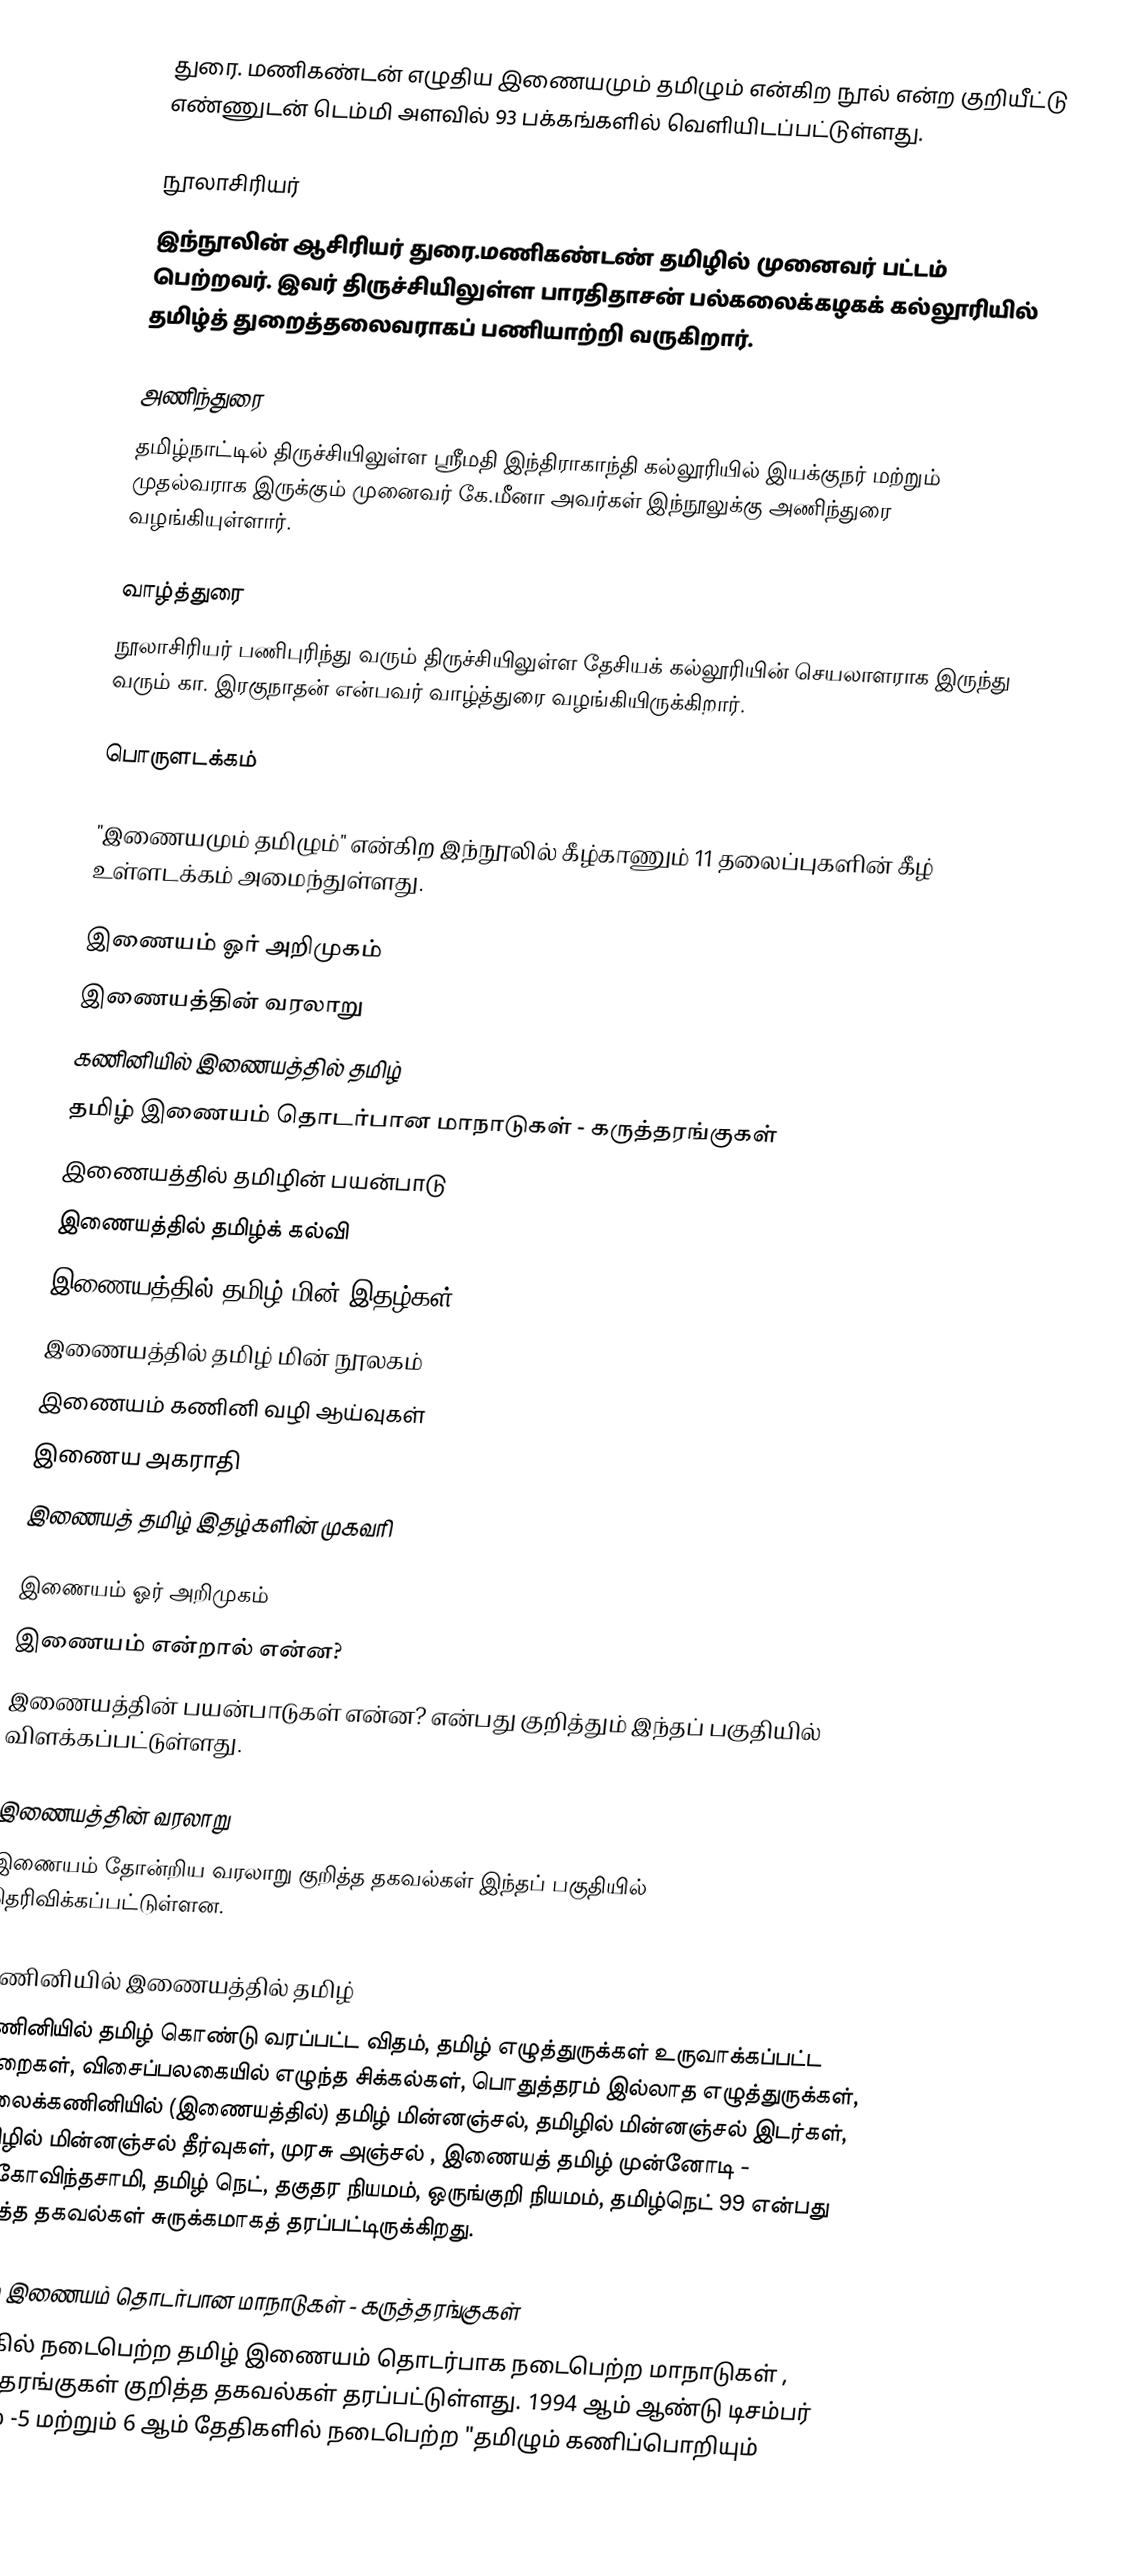
துரை. மணிகண்டன் எழுதிய இணையமும் தமிழும் என்கிற நூல்  என்ற குறியீட்டு எண்ணுடன் டெம்மி அளவில் 93 பக்கங்களில் வெளியிடப்பட்டுள்ளது.

நூலாசிரியர்
இந்நூலின் ஆசிரியர் துரை.மணிகண்டண் தமிழில்  முனைவர் பட்டம் பெற்றவர். இவர் திருச்சியிலுள்ள  பாரதிதாசன் பல்கலைக்கழகக் கல்லூரியில்  தமிழ்த் துறைத்தலைவராகப் பணியாற்றி வருகிறார்.

அணிந்துரை
தமிழ்நாட்டில் திருச்சியிலுள்ள  ஸ்ரீமதி இந்திராகாந்தி கல்லூரியில் இயக்குநர் மற்றும் முதல்வராக இருக்கும் முனைவர் கே.மீனா அவர்கள் இந்நூலுக்கு அணிந்துரை வழங்கியுள்ளார்.

வாழ்த்துரை
நூலாசிரியர் பணிபுரிந்து வரும் திருச்சியிலுள்ள   தேசியக் கல்லூரியின்   செயலாளராக இருந்து வரும் கா. இரகுநாதன் என்பவர் வாழ்த்துரை வழங்கியிருக்கிறார்.

பொருளடக்கம்

"இணையமும் தமிழும்" என்கிற இந்நூலில் கீழ்காணும் 11 தலைப்புகளின் கீழ் உள்ளடக்கம் அமைந்துள்ளது.

 இணையம் ஓர் அறிமுகம்
 இணையத்தின் வரலாறு
 கணினியில் இணையத்தில் தமிழ்
 தமிழ் இணையம் தொடர்பான மாநாடுகள் - கருத்தரங்குகள்
 இணையத்தில் தமிழின் பயன்பாடு
 இணையத்தில் தமிழ்க் கல்வி
 இணையத்தில் தமிழ்  மின் இதழ்கள்
 இணையத்தில் தமிழ் மின் நூலகம்
 இணையம் கணினி வழி ஆய்வுகள்
 இணைய அகராதி
 இணையத் தமிழ் இதழ்களின் முகவரி

இணையம் ஓர் அறிமுகம்
இணையம் என்றால் என்ன?
இணையத்தின் பயன்பாடுகள் என்ன? என்பது குறித்தும் இந்தப் பகுதியில் விளக்கப்பட்டுள்ளது.

இணையத்தின் வரலாறு
இணையம் தோன்றிய வரலாறு குறித்த தகவல்கள் இந்தப் பகுதியில் தெரிவிக்கப்பட்டுள்ளன.

கணினியில் இணையத்தில் தமிழ்
கணினியில் தமிழ் கொண்டு வரப்பட்ட விதம், தமிழ் எழுத்துருக்கள் உருவாக்கப்பட்ட முறைகள்,  விசைப்பலகையில் எழுந்த சிக்கல்கள், பொதுத்தரம் இல்லாத எழுத்துருக்கள், வலைக்கணினியில் (இணையத்தில்) தமிழ் மின்னஞ்சல், தமிழில் மின்னஞ்சல் இடர்கள், தமிழில் மின்னஞ்சல்  தீர்வுகள், முரசு அஞ்சல் , இணையத் தமிழ்  முன்னோடி - நா.கோவிந்தசாமி, தமிழ் நெட், தகுதர நியமம், ஒருங்குறி நியமம், தமிழ்நெட் 99 என்பது குறித்த தகவல்கள் சுருக்கமாகத் தரப்பட்டிருக்கிறது.

தமிழ் இணையம் தொடர்பான மாநாடுகள் - கருத்தரங்குகள்
உலகில் நடைபெற்ற தமிழ்  இணையம் தொடர்பாக நடைபெற்ற மாநாடுகள் , கருத்தரங்குகள் குறித்த தகவல்கள் தரப்பட்டுள்ளது. 1994 ஆம் ஆண்டு டிசம்பர்  மாதம் -5 மற்றும் 6 ஆம் தேதிகளில் நடைபெற்ற "தமிழும் கணிப்பொறியும்